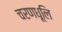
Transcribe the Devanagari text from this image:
चरणधूलि